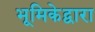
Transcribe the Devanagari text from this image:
भूमिकेद्वारा